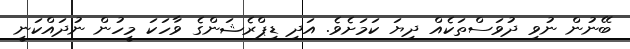
ބޭނުން ނުވި ދުވަސްތަކެއް ދިޔަ ކަމަށެވެ. އަދި ޑިޕްރެޝަންގެ ވާހަކަ މީހުން ނުދައްކަނީ